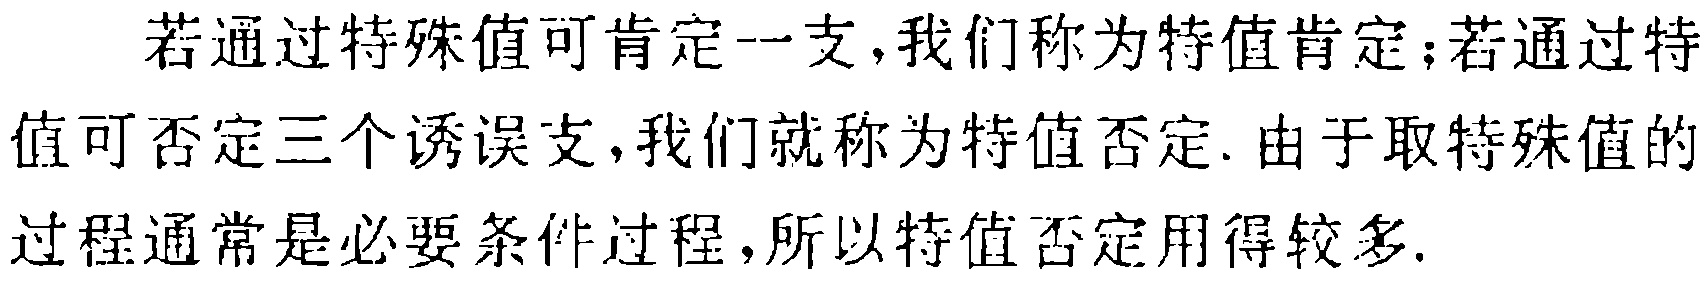
若通过特殊值可肯定一支,我们称为特值肯定；若通过特值可否定三个诱误支,我们就称为特值否定. 由于取特殊值的过程通常是必要条件过程,所以特值否定用得较多.